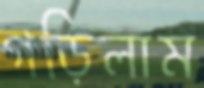
গড়িলাম